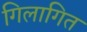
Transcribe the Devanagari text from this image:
गिलागित